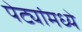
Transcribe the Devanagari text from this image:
पेट्यांमध्ये